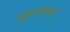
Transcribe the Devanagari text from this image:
बृहन्मन्त्रः